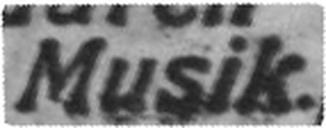
Musik.